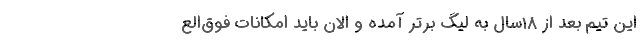
این تیم بعد از 18سال به لیگ برتر آمده و الان باید امکانات فوق‌الع